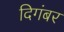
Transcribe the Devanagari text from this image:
दिगंबर